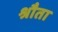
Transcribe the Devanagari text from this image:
श्रौता